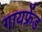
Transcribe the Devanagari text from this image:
गायफ्रेंड